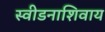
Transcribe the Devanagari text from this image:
स्वीडनाशिवाय